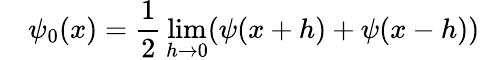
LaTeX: \quad\psi_{0}(x)={\frac{1}{2}}\operatorname*{lim}_{h\to 0}(\psi(x+h)+\psi(x-h))